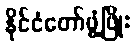
နိုင်ငံတော်ဖွံ့ဖြိုး